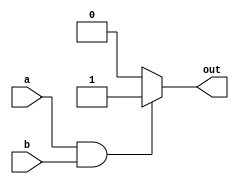
module and_gate
(
  input wire a,
  input wire b,
  output reg out
);

  always @(a or b) begin
    if (a && b) begin
      out <= 1'b1;
    end
    else begin
      out <= 1'b0;
    end
  end

endmodule